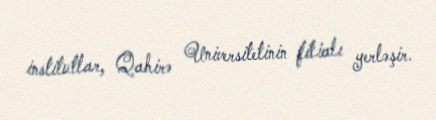
institutlar, Qahirə Universitetinin filialı yerləşir.